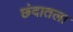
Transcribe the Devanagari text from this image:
छंदातला